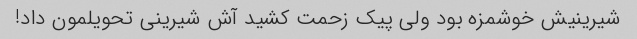
شیرینیش خوشمزه بود ولی پیک زحمت کشید آش شیرینی تحویلمون داد!